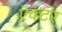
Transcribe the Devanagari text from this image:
ऍक्टर